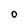
Character: 0